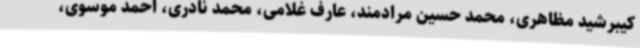
کیبرشید مظاهری، محمد حسین مرادمند، عارف غلامی، محمد نادری، احمد موسوی،